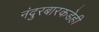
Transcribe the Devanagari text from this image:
नंदुरबारकडेही